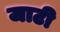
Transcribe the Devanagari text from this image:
जाटी